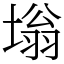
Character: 塕